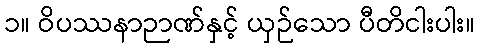
၁။ ဝိပဿနာဉာဏ်နှင့် ယှဉ်သော ပီတိငါးပါး။